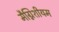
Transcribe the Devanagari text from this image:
मैग्निशीयम